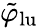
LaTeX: \tilde{\varphi}_{\mathrm{lu}}